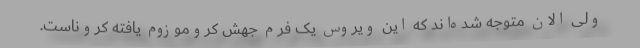
ولی الان متوجه شده‌اند که این ویروس یک فرم جهش کروموزوم یافته کروناست.